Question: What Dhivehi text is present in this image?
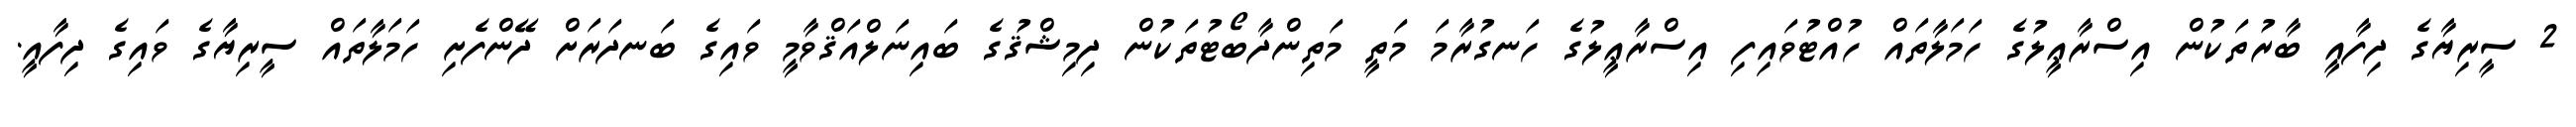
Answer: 2 ސީރިޔާގެ ދިފާއީ ބާރުތަކުން އިސްރާޢީލުގެ ހަމަލާތައް ހުއްޓުވައިފި އިސްރާޢީލުގެ ހަނގުރާމަ މަތީ މަތިންދާބޯޓުތަކުން ދިމިޝްޤުގެ ބައިނަލްއަޤްވާމީ ވައިގެ ބަނދަރަށް ދޭންފެށި ހަމަލާތައް ސީރިޔާގެ ވައިގެ ދިފާއީ.